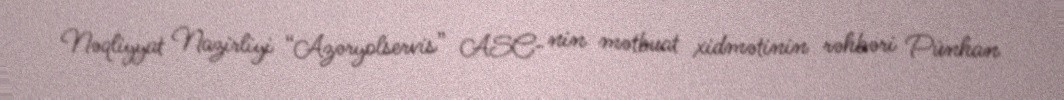
Nəqliyyat Nazirliyi “Azəryolservis” ASC- nin mətbuat xidmətinin rəhbəri Pünhan